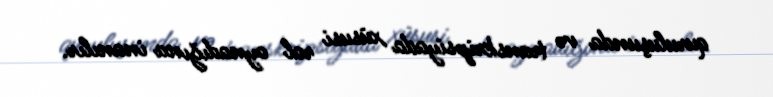
quruluşunda və transkripsiyada xüsusi rol oynadığına inanılır.